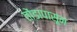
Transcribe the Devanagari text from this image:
तोंडापासून